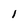
Character: l